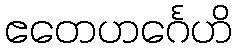
ဧတေဟင်္ဂေဟိ